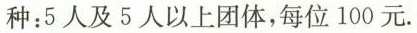
种：5人及5人以上团体，每位100元.